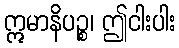
ဣမာနိပဉ္စ၊ ဤငါးပါး